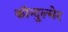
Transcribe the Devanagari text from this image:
कॉन्दुल्मेर